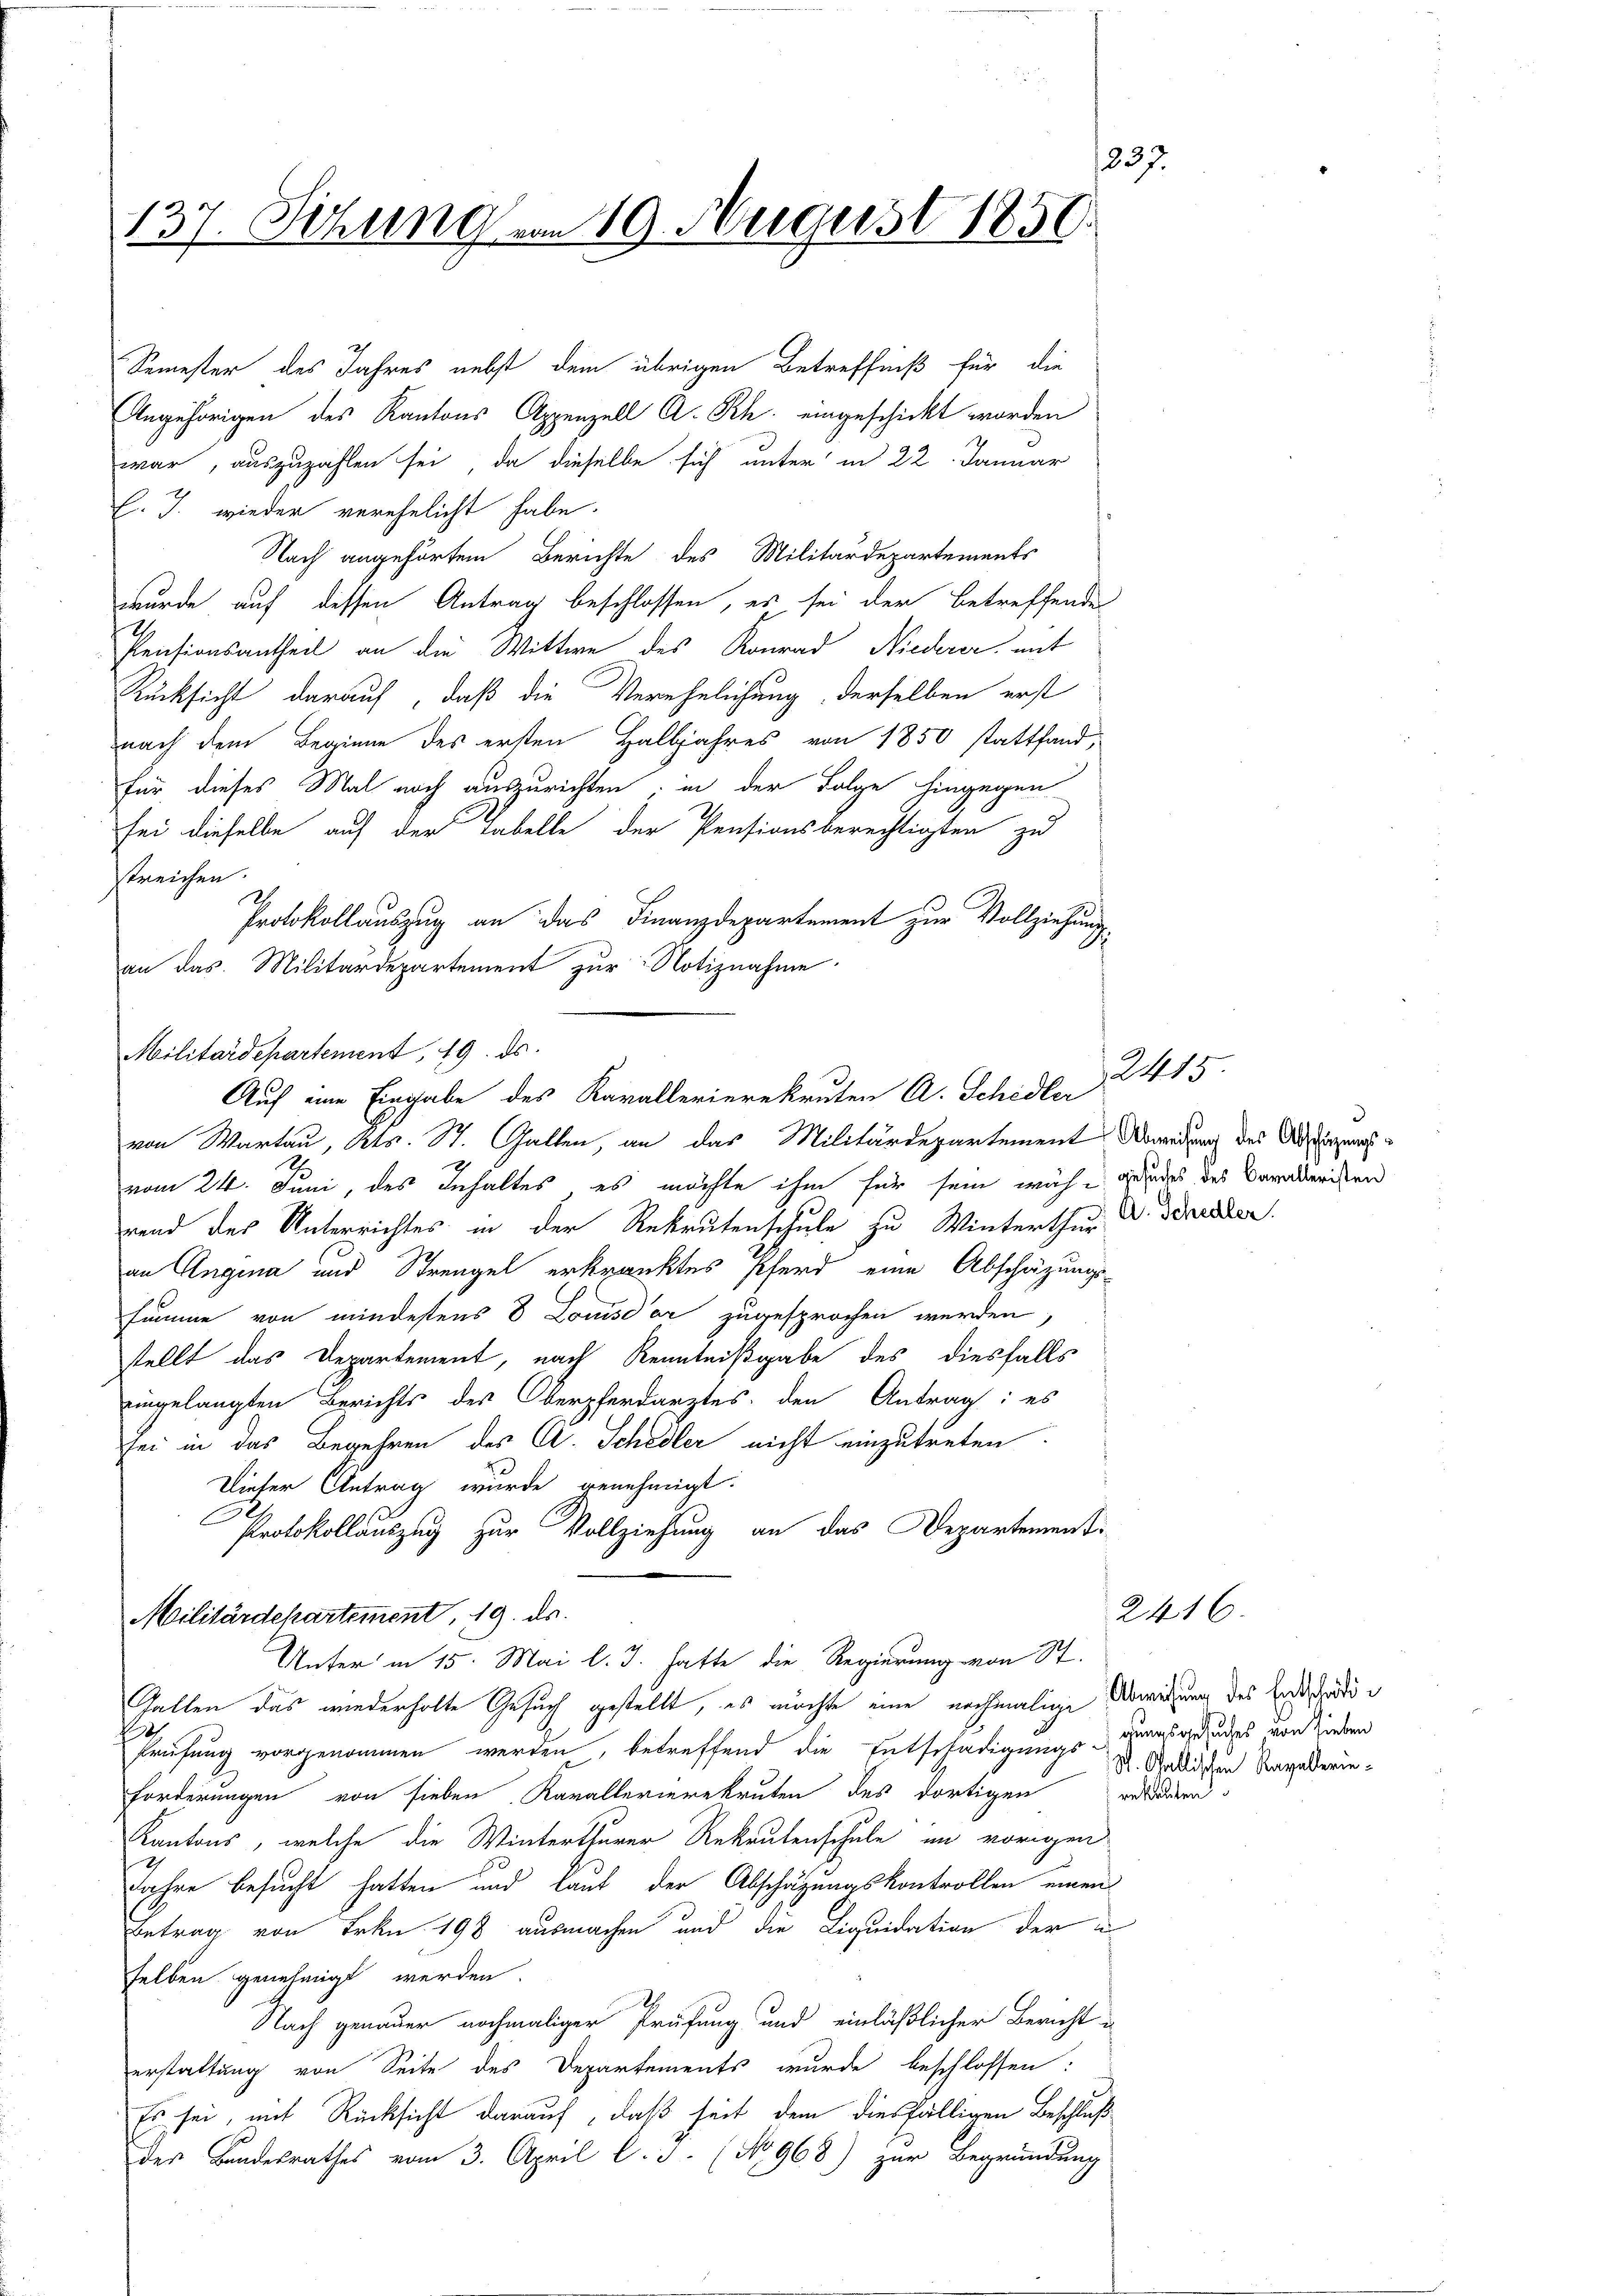
137. Sitzung vom 19. August 1850.

Semester des Jahres nebst dem übrigen Betreffniß für die
Angehörigen des Kantons Appenzell A. Rh. eingeschickt worden
war, auszuzahlen sei, da dieselbe sich unter in 22. Januar
E. J. wieder verehelicht habe.
Nach angehörtem Berichte des Militärdepartements
wurde auf dessen Antrag beschlossen, es sei der betreffendes
Pensionsantheil an die Wittwe des Konrad Niederer, mit
Rücksicht darauf, daß die Verehelichung derselben erst
nach dem Beginne des ersten Halbjahres von 1850 stattfand,
für dieses Mal noch auszurichten, in der Folge hingegen
sei dieselbe auf der Tabelle der Pensionsberechtigten zu
streichen.
Protokollauszug an das Finanzdepartement zur Vollziehung
an das Militärdepartement zur Notiznahme.
Militärdepartement, 19. ds.
von Wartau, Kts. St. Gallen, an das Militärdepartement Abwedung des Assigungsvom 24. Juni, des Inhaltes, es möchte ihm für sein mich wundes des Veralleristen
rend des Unterrichtes in der Rekrutenschule zu Winterthur d. Sonder
an Angina und Strengel erkranktes Pferd eine Abschäzungs-
summe von mindestens 8 Lomsd’ar zugesprochen werden,
stellt das Departement, nach Kenntnißgabe des diesfalls
eingelangten Berichts des Oberpferdarztes, den Antrag: es
sei in das Begehren des A. Schedler nicht einzutreten.
Dieser Antrag wurde genehmigt.
Protokollauszug zur Vollziehung an das Departement¬
Militärdepartement, 19. ds.
Unter in 15. Mai l. J. hatte die Regierung von St.
Gallen das wiederholte Gesuch gestellt, es möchte eine nochmalige Abweichung des Entschädi¬
Prüfung vorgenommen werden, betreffend die Entschädigungs-grasreudes von Wiedern
Forderungen von sieben Kavallerierekruten des dortigen
Kantons, welche die Winterthurer Rekrutenschule im vorigen
D
Jahre besucht hatten und laut der Abschätzungskontrollen einen
Betrag von Frkn. 198 ausmachen und die Liquidation der a
selben genehmigt werden.
Nach genauer nochmaliger Prüfung und einläßlicher Bericht
erstattung von Seite des Departements wurde beschlossen:
Es sei, mit Rücksicht darauf, daß heit dem diesfälligen Beschluß
der Bandesrathes vom 3. April l. J. (No 968) zur Begründung

Auf eine Eingabe des Kavallerierekruten A. Schidler

415.
3

St. Gallischen Ragalterierekruten

2416.